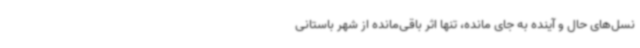
نسل‌های حال و آینده به جای مانده، تنها اثر باقی‌مانده از شهر باستانی